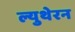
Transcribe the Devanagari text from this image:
ल्युथेरन